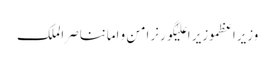
وزیراعظموزیر اعلیٰگورنرامن و امانناصر الملک